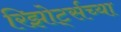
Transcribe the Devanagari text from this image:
रिझोर्ट्सच्या